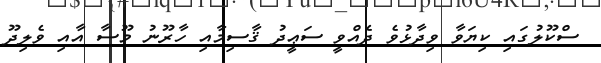
ސްކޫލުގައި ކިޔަވާ ވިދާޅުވެ ދެއްވީ ސަޢީދު ޤާސިމާއި ހާރޫނު މޫސާ އާއި ވެލިދޫ